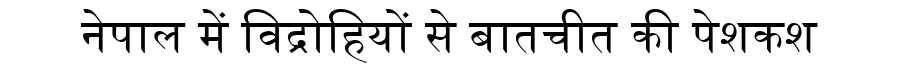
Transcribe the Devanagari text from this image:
नेपाल में विद्रोहियों से बातचीत की पेशकश